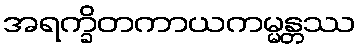
အရက္ခိတကာယကမ္မန္တဿ